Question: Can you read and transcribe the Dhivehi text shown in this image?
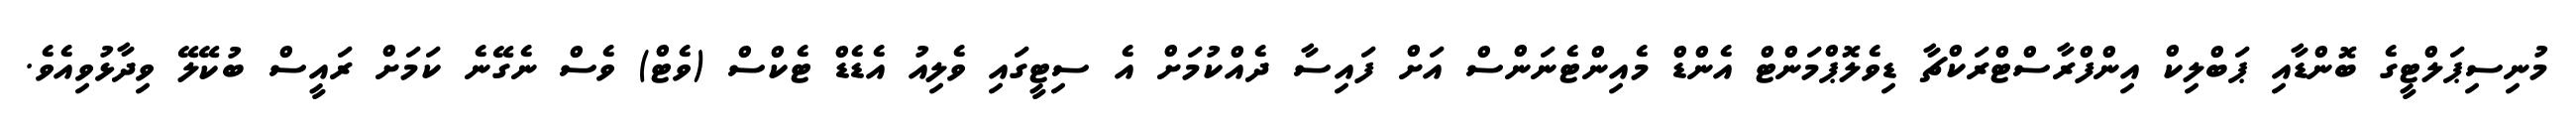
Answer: މުނިސިޕަލްޓީގެ ބޮންޑާއި ޕަބްލިކް އިންފްރާސްޓްރަކްޗާ ޑިވެލޮޕްމަންޓް އެންޑް މެއިންޓެނަންސް އަށް ފައިސާ ދެއްކުމަށް އެ ސިޓީގައި ވެލިއު އެޑެޑް ޓެކްސް (ވެޓް) ވެސް ނެގޭނެ ކަމަށް ރައީސް ބުކޭލޭ ވިދާޅުވިއެވެ.